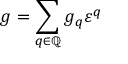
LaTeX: g = \sum _ { q \in \mathbb { Q } } g _ { q } \varepsilon ^ { q }